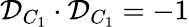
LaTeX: \mathcal{D}_{C_{1}}\cdot\mathcal{D}_{C_{1}}=-1